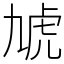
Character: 虓